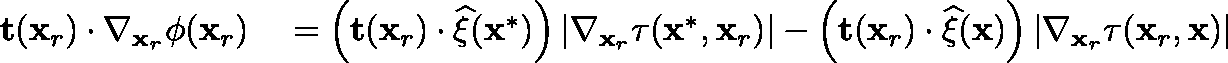
\begin{array} { r l } { \mathbf { t } ( \mathbf { x } _ { r } ) \cdot \nabla _ { \mathbf { x } _ { r } } \phi ( \mathbf { x } _ { r } ) } & { { } = \left( \mathbf { t } ( \mathbf { x } _ { r } ) \cdot \widehat { \mathbf { \xi } } ( \mathbf { x } ^ { * } ) \right) \left| \nabla _ { \mathbf { x } _ { r } } \tau ( \mathbf { x } ^ { * } , \mathbf { x } _ { r } ) \right| - \left( \mathbf { t } ( \mathbf { x } _ { r } ) \cdot \widehat { \mathbf { \xi } } ( \mathbf { x } ) \right) \left| \nabla _ { \mathbf { x } _ { r } } \tau ( \mathbf { x } _ { r } , \mathbf { x } ) \right| } \end{array}